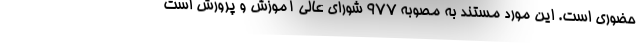
حضوری است. این مورد مستند به مصوبه ۹۷۷ شورای عالی آموزش و پرورش است